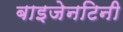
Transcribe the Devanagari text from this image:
बाइजेनटिनी